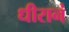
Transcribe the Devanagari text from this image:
धीरानं